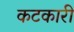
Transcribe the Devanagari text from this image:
कटकारी